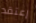
إعتقد